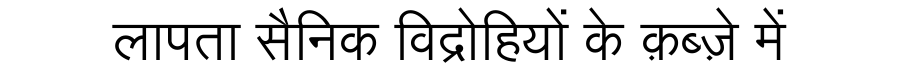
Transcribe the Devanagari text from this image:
लापता सैनिक विद्रोहियों के क़ब्ज़े में